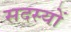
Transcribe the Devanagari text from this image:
सदस्याें